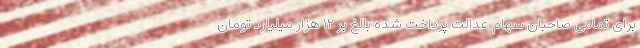
برای تمامی صاحبان سهام عدالت پرداخت شده بالغ بر ۱۲ هزار میلیارد تومان